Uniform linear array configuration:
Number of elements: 12
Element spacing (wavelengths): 0.25
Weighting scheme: cosine
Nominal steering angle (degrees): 30
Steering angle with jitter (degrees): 30.196
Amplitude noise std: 0.05
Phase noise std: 0.05

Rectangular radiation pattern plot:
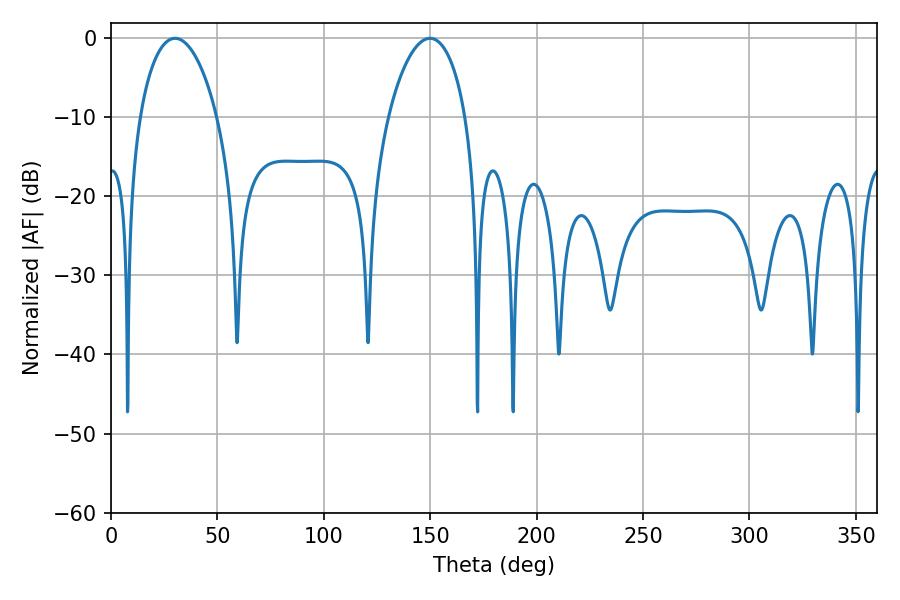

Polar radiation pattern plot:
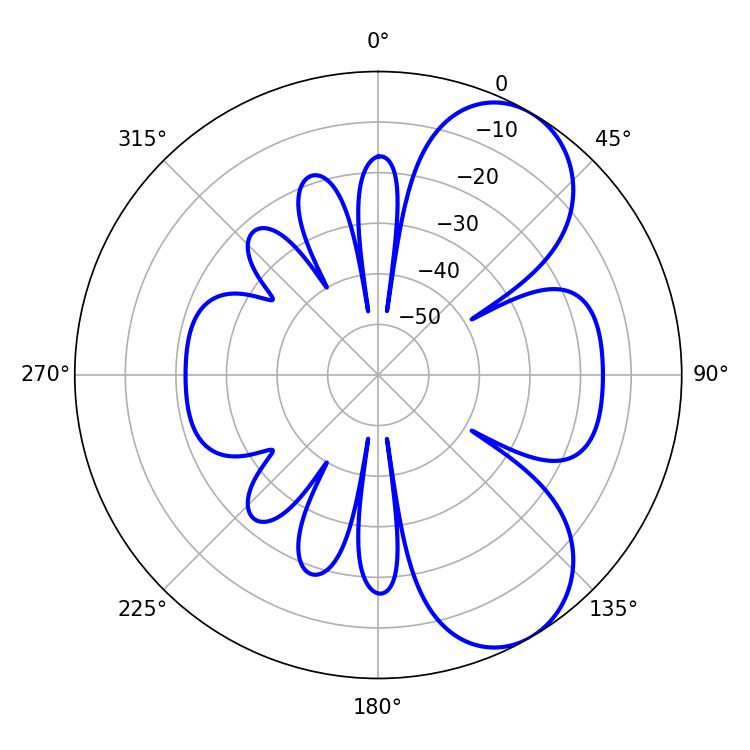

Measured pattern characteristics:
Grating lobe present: FALSE
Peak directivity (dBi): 7.026
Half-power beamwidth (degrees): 20.7
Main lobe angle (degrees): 30.06